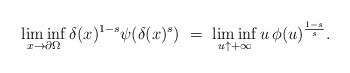
\begin{align*}\liminf_{x\to\partial\Omega}\delta(x)^{1-s}\psi(\delta(x)^{s})\ =\ \liminf_{u\uparrow+\infty}u\,\phi(u)^{\frac{1-s}{s}}.\end{align*}